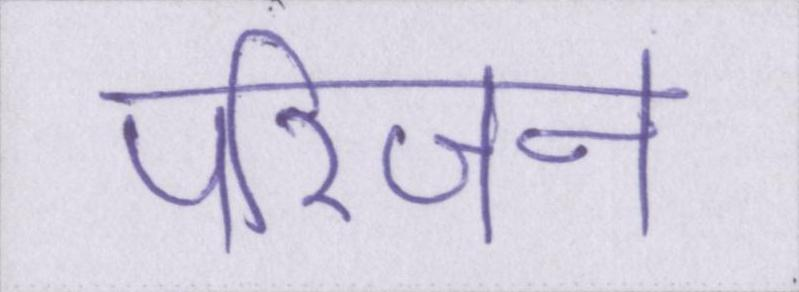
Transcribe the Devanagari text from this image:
परिजन